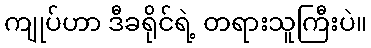
ကျုပ်ဟာ ဒီခရိုင်ရဲ့ တရားသူကြီးပဲ။